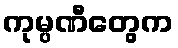
ကုမ္ပဏီတွေက